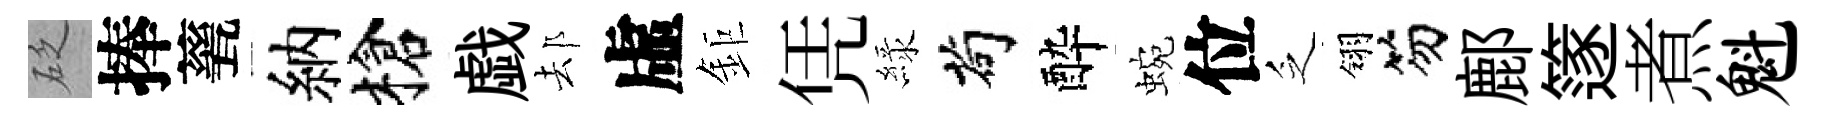
砭捧甆納槍戯𨚫虛鉅凭緑茍酔蜿位乏翎笏鄜篴煮魁